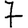
Digit: 7